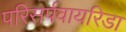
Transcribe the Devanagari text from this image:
परिसर्पवायरिडा